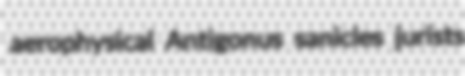
aerophysical Antigonus sanicles jurists